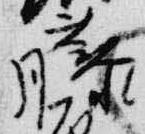
藤